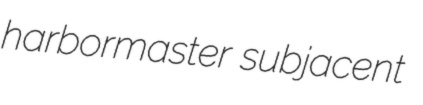
harbormaster subjacent